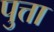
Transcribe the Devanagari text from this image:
पुत्ता